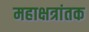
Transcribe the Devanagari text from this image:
महाक्षत्रांतक